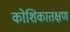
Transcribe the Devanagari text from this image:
कोशिकातक्षण